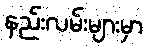
နည်းလမ်းများမှာ